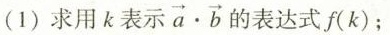
(1)求用k表示$$\overrightarrow { a } \cdot \overrightarrow { b }$$的表达式f(k)；